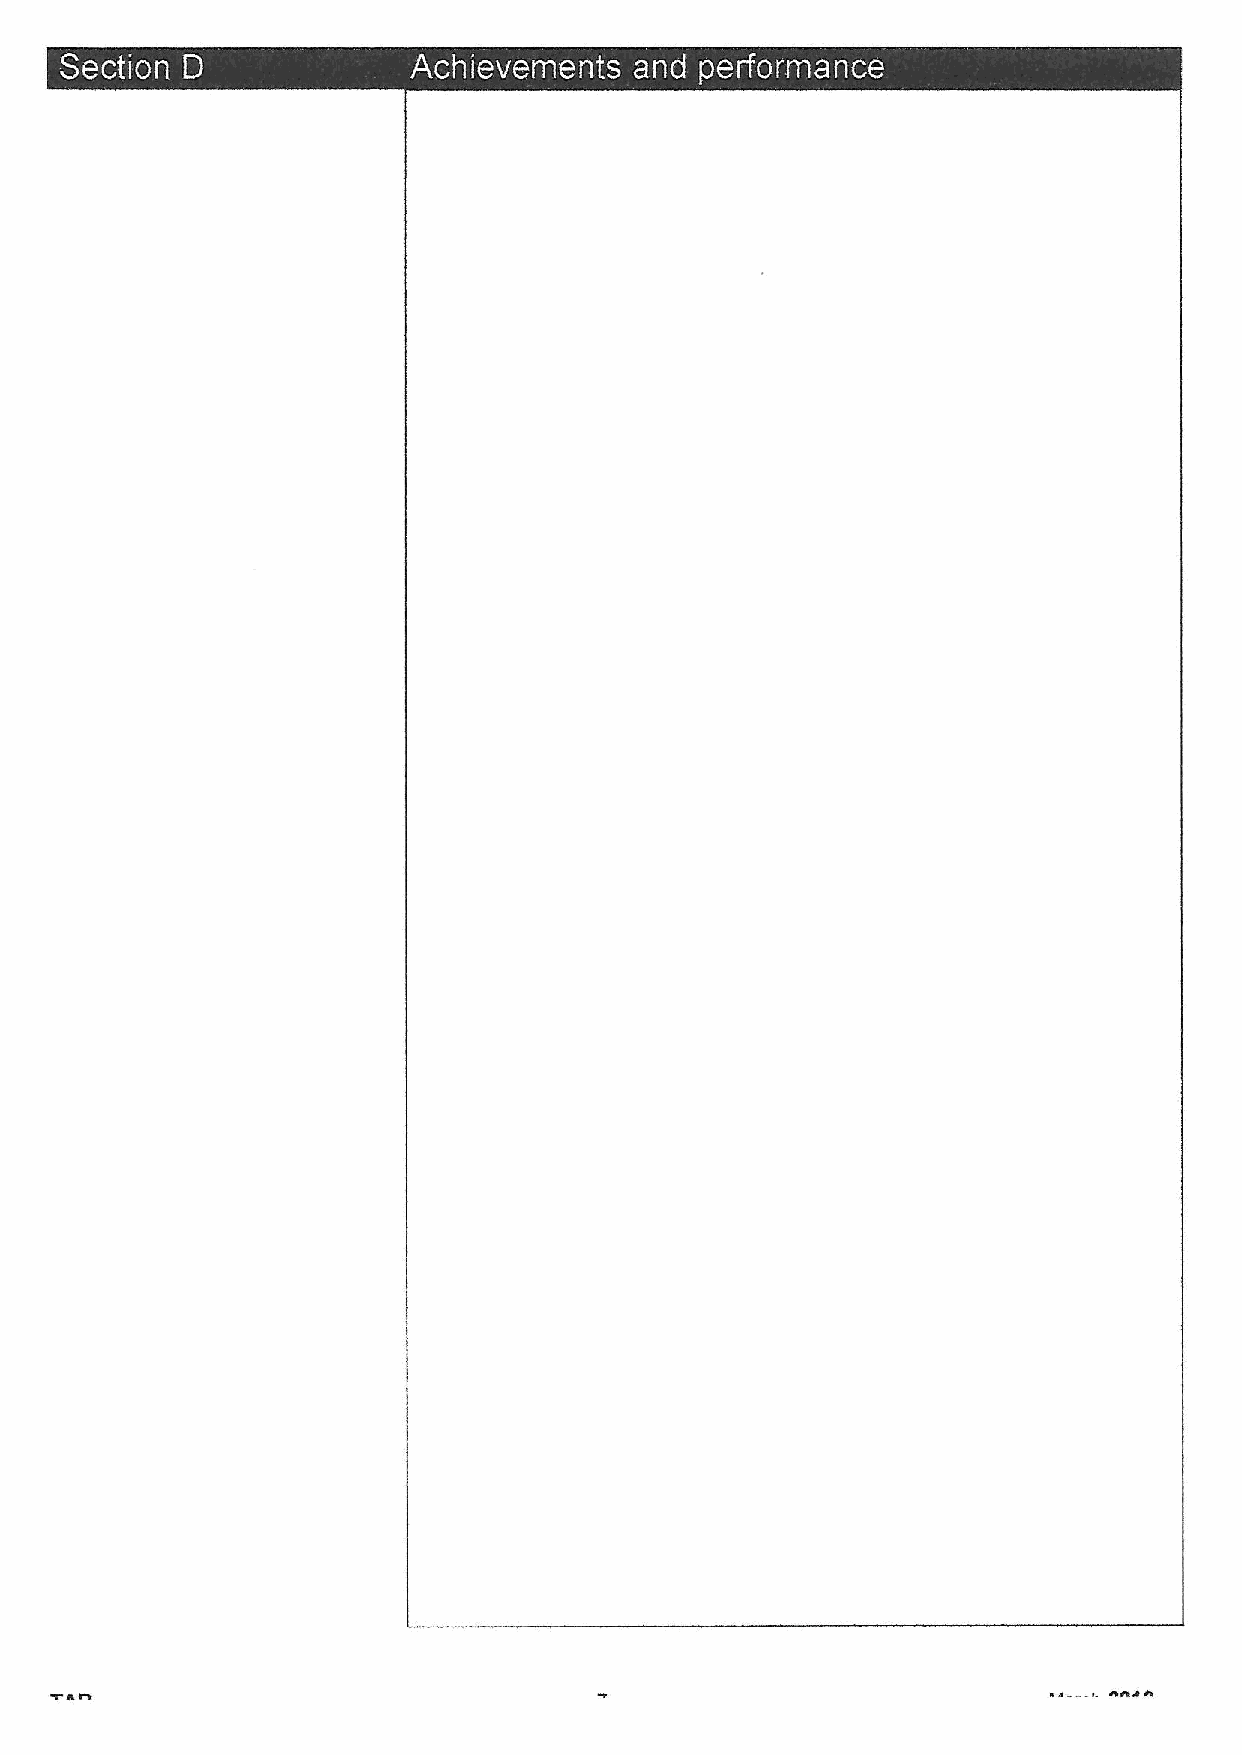
0 0  ~
 t                                                                     Jh